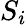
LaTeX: {\mathbf{}}S_{i}